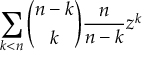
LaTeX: \sum _ { k < n } { \binom { n - k } { k } } { \frac { n } { n - k } } z ^ { k }